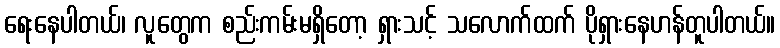
ရေးနေပါတယ်၊ လူတွေက စည်းကမ်းမရှိတော့ ရှားသင့် သလောက်ထက် ပိုရှားနေဟန်တူပါတယ်။